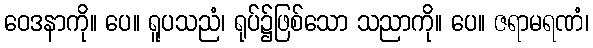
ဝေဒနာကို။ ပေ။ ရူပသညံ၊ ရုပ်၌ဖြစ်သော သညာကို။ ပေ။ ဇရာမရဏံ၊